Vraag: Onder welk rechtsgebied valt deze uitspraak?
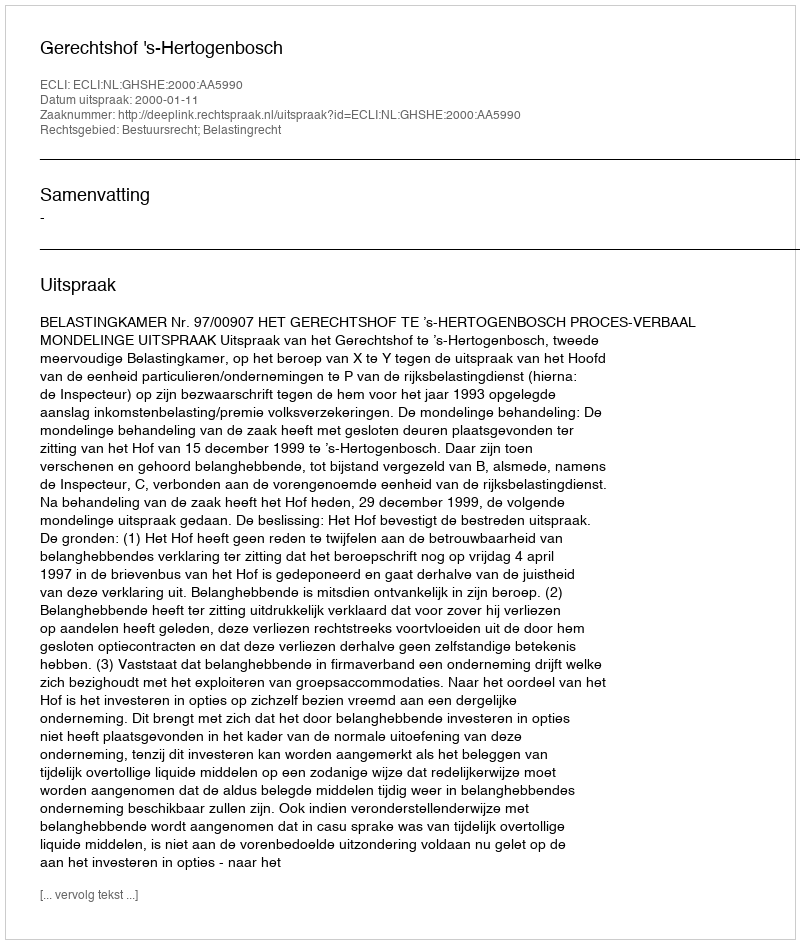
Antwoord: Bestuursrecht; Belastingrecht